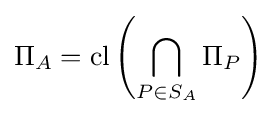
\Pi _{A}=\operatorname {cl} \left(\bigcap _{P\in S_{A}}\Pi _{P}\right)